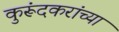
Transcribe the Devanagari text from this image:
कुरूंदकरांच्या